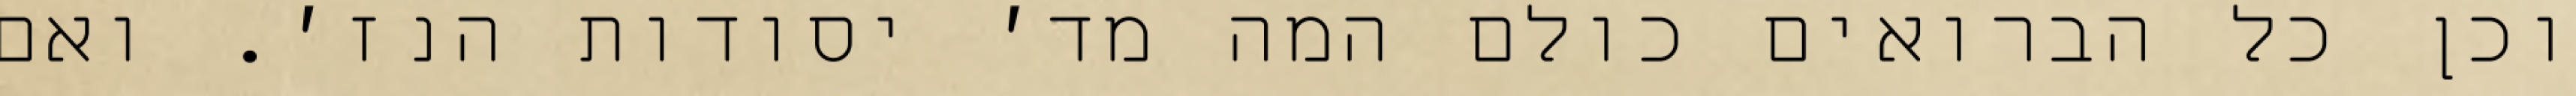
וכן כל הברואים כולם המה מד׳ יסודות הנז׳. ואם